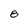
Character: 8